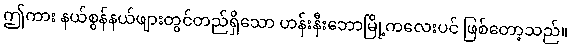
ဤကား နယ်စွန်နယ်ဖျားတွင်တည်ရှိသော ဟန်းနီးဘောမြို့ကလေးပင် ဖြစ်တော့သည်။